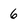
Character: 6